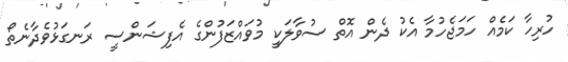
ހުރިހާ ކަމެއް ހަމަޖެހުމާ އެކު ދެން އޮތް ސުވާލަކީ މުވައްޒަފުންގެ އެފިޝަންސީ ރަނގަޅުވެދާނެތޯ